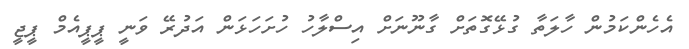
އެހެންކަމުން ހާލަތާ ގުޅޭގޮތަށް ގާނޫނަށް އިސްލާހު ހުށަހަޅަން އަދުރޭ ވަނީ ޕީޕީއެމް ޕީޖީ